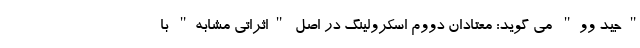
"جید وو" می گوید: معتادان دووم اسکرولینگ در اصل "اثراتی مشابه" با